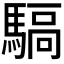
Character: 𩤬